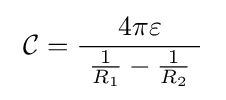
\ {\mathcal {C}}={\frac {4\pi \varepsilon }{\ {\frac {1}{R_{1}}}-{\frac {1}{R_{2}}}\ }}\